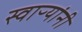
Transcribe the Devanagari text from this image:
स्वाऱ्यांनी